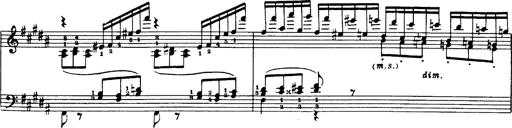
Title: Danza sacra e duetto finale dâ€™Aida
Composer: Franz Liszt